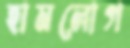
হামলোগ